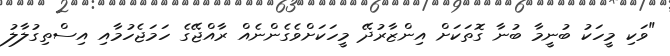
"ވަކި މީހަކު ބުނީމާ ބުނާ ގޮތަކަށް އިންޒާރުދޭ މީހަކަށްވެގެންނެއް ރާއްޖޭގެ ހަމަޖެހުމާއި އިސްތިގުލާލު